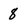
Character: 8